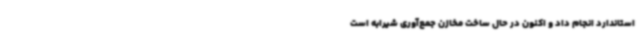
استاندارد انجام داد و اکنون در حال ساخت مخازن جمع‌آوری شیرابه است